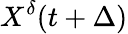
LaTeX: X^{\delta}(t+\Delta)